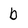
Character: b